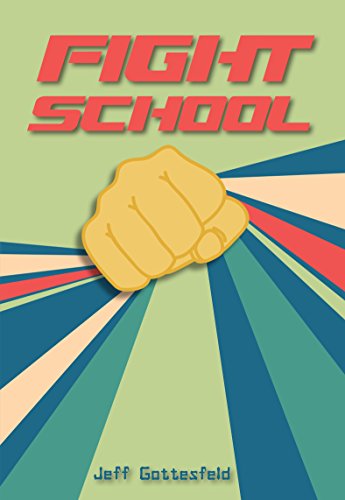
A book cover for Fight School (Red Rhino) (Red Rhino Books); Jeff Gottesfeld; Children's Books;